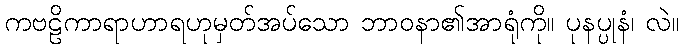
ကဗဠိကာရာဟာရဟုမှတ်အပ်သော ဘာဝနာ၏အာရုံကို။ ပုနပ္ပုနံ၊ လဲ။